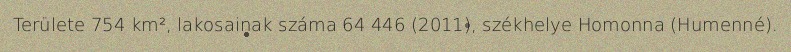
Területe 754 km², lakosainak száma 64 446 (2011), székhelye Homonna (Humenné).